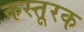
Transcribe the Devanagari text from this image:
कस्तूरक